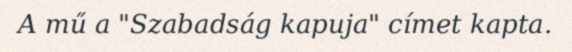
A mű a "Szabadság kapuja" címet kapta.